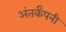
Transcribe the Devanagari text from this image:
अंतर्कंपनी